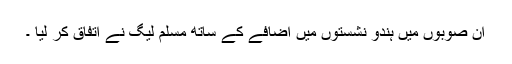
ان صوبوں میں ہندو نشستوں میں اضافے کے ساتھ مسلم لیگ نے اتفاق کر لیا ۔